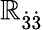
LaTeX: \mathbb{R}_{\dot{{3}}\dot{{3}}}